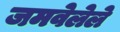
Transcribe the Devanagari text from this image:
जमवेलेले